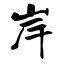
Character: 岸